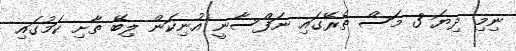
ނިމި ދިޔަ 3 މަސް ތެރޭގައި ނަފްސާނީ އުނިކަން ލިބޭ ތާށި ކަމުގައި